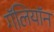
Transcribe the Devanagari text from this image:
गॅलियॉन